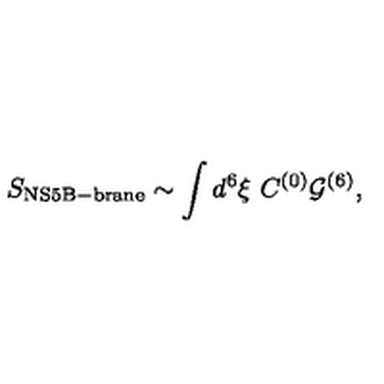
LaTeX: S _ { \mathrm { N S 5 B - b r a n e } } \sim \int d ^ { 6 } \xi \ C ^ { ( 0 ) } { \cal G } ^ { ( 6 ) } ,